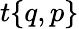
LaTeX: t{\left\{ \begin{array}{l}{q,p}\end{array}\right\} }